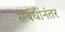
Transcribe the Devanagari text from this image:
संबंधांनंतर